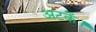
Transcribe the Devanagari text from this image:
अटकें।